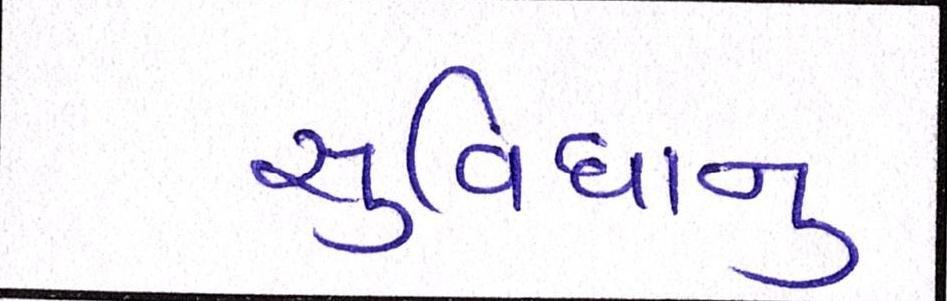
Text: સુવિધાનુ